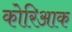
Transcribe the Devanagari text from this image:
कोरिआक